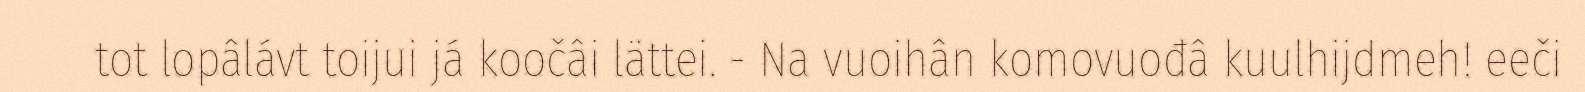
tot lopâlávt toijui já koočâi lättei. - Na vuoihân komovuođâ kuulhijdmeh! eeči